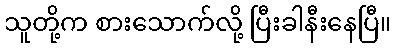
သူတို့က စားသောက်လို့ ပြီးခါနီးနေပြီ။